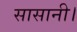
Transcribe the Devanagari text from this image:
सासानी।